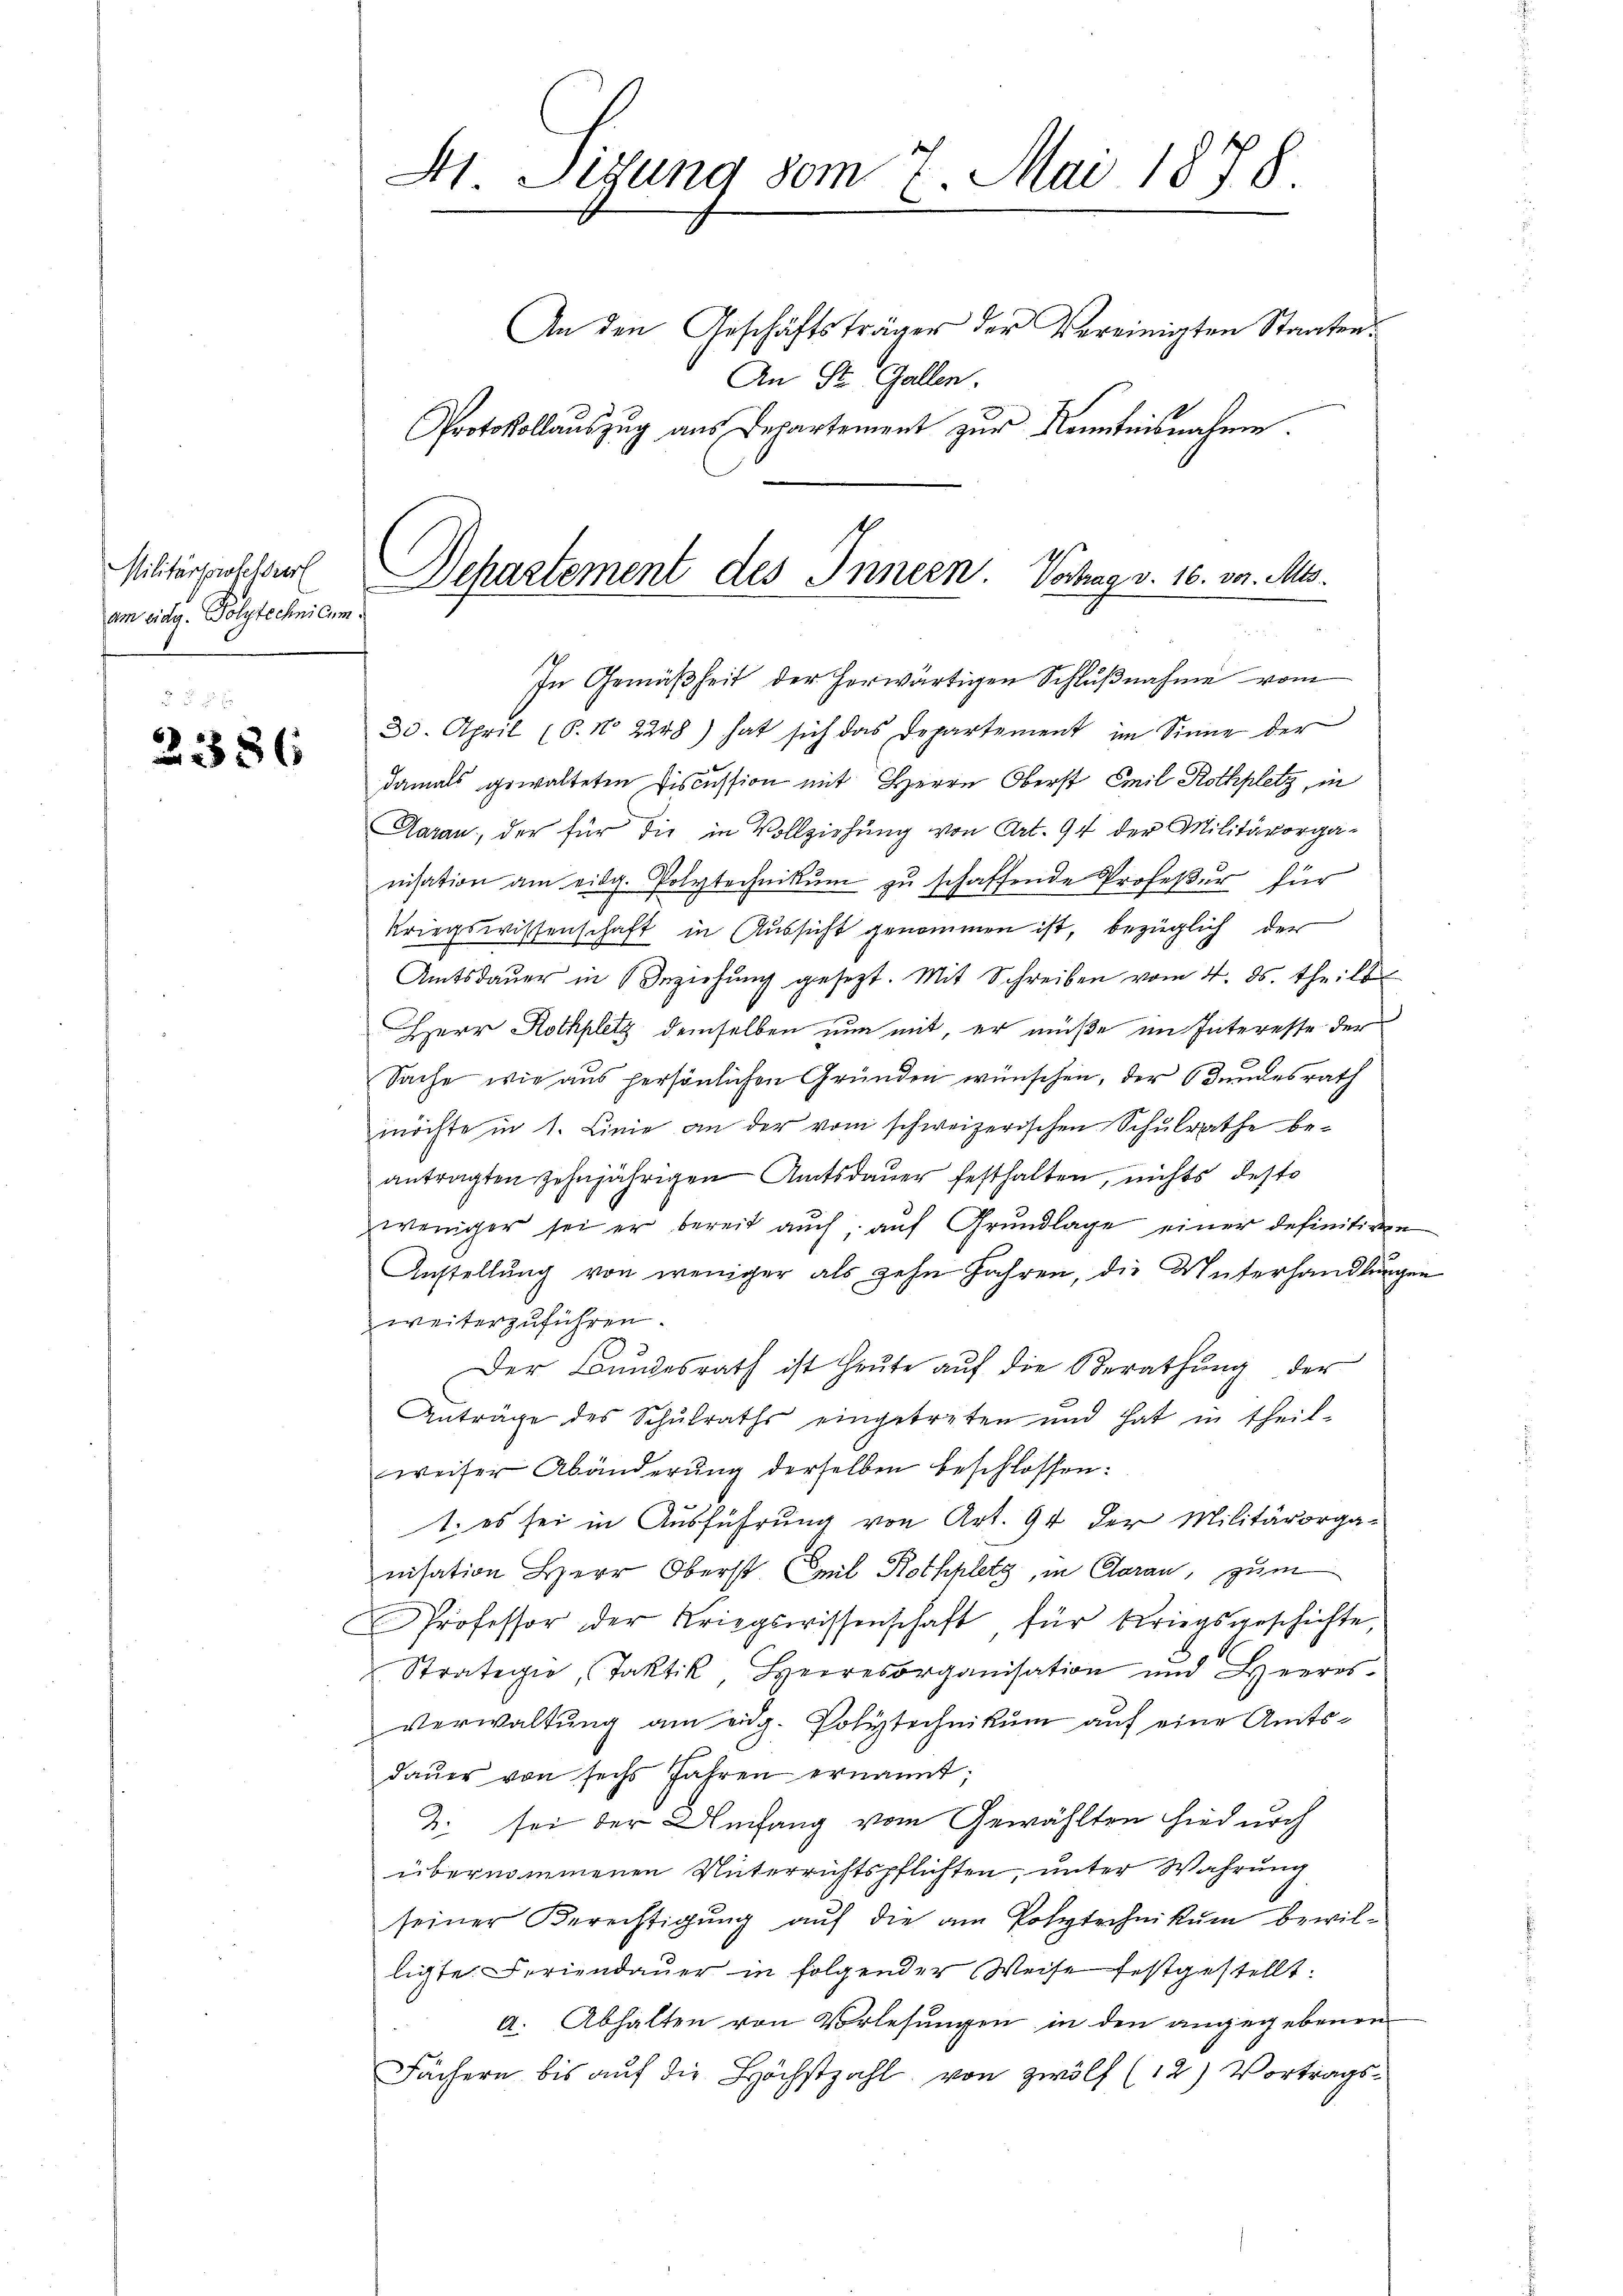
Militärperoselbiert
am eidg. Polytechnicum

2386

H Sigung vom 7. Mai 1878

An den Geschäftsträger der Vereinigten Staaten
An St. Gallen.
Protokollaŭszŭg aŭs Departement zŭr Kenntnisnahme.
In Gemäßheit der herwärtigen Schlußnahme vom
30. April (8. No. 2248) hat sich das Departement im Sinne der
damals gewalteten Fiscussion mit Herrn Oberst Emil Rothplatz, in
Aarau, der für die in Vollziehung von Art. 94 der Militärorganisation am eidg. Polytechnikum zu schaffende Profeßur für
Kriegswissenschaft in Aussicht genommen ist, bezüglich der
Amtsdaŭer in Beziehŭng gesezt. Mit Schreiben vom 4. ds. theils
Herr Rothplatz demselben nun mit, er müße im Interesse der
Sache wie aus persönlichen Gründen wünschen, der Bundesrath
möchte in 1. Linie an der vom schweizerischen Schulrathe be-
antragten zehnjährigen Amtsdauer festhalten, nichts desto
zweniger sei er bereit auch, auf Grundlage einer definitiven
Anstellung von weniger als zehn Jahren, die Unterhandlungen
weiterzuführen.
Der Bundesrath ist heute aŭf die Berathŭng der
Anträge des Schulraths eingetreten und hat in theil-
weiser Abänderŭng derselben beschlossen:
1. es sei in Ausführung von Art. 94 der Militärorga-
nisation Herr Oberst Emil Rothplatz, in Claran, zum
Professor der Kriegswissenschaft für beriegsgeschichte
Straterie, Taktik, Herresorganisation und Heeres-
Verwaltung am eidg. Polytechnikum auf eine Amtsdaŭer von sechs Jahren ernannt;
2. sei der Umfang vom Gewählten hiedurch
übernommenen Unterrichtspflichten, unter Wahrung
seiner Berechtigung auf die am Polytechnikum bewilligte. Feriendauer in folgender Weise festgestellt:
a. Abhalten von Vorlesungen in den angegebenen
Fächern bis auf die Höchstzahl von zwölf (12) Vortrags¬

Dehastement des Innern. Vorhag v. 10. vor. Mts.